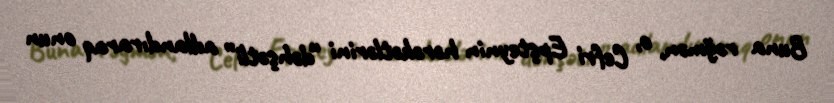
Buna rəğmən, o, Cefri Epşteynin hərəkətlərini “dəhşətli” adlandıraraq onun